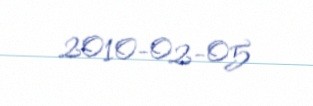
2010-02-05